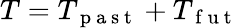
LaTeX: T=T_{\mathrm{~p~a~s~t~}}+T_{\mathrm{~f~u~t~}}